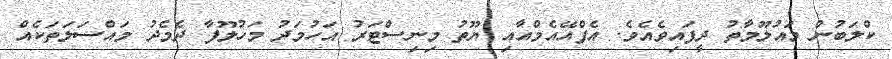
ކްލަބުން މައުލޫމާތު ދީފައިވެއެވެ. އެފްއޭއެމްއާއި ޔޫތު މިނިސްޓަރު އަހުމަދު މަހުލޫފާ ދެމެދު މައްސަލަތަކެއް